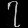
Digit: ၇